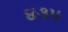
૪૩૫